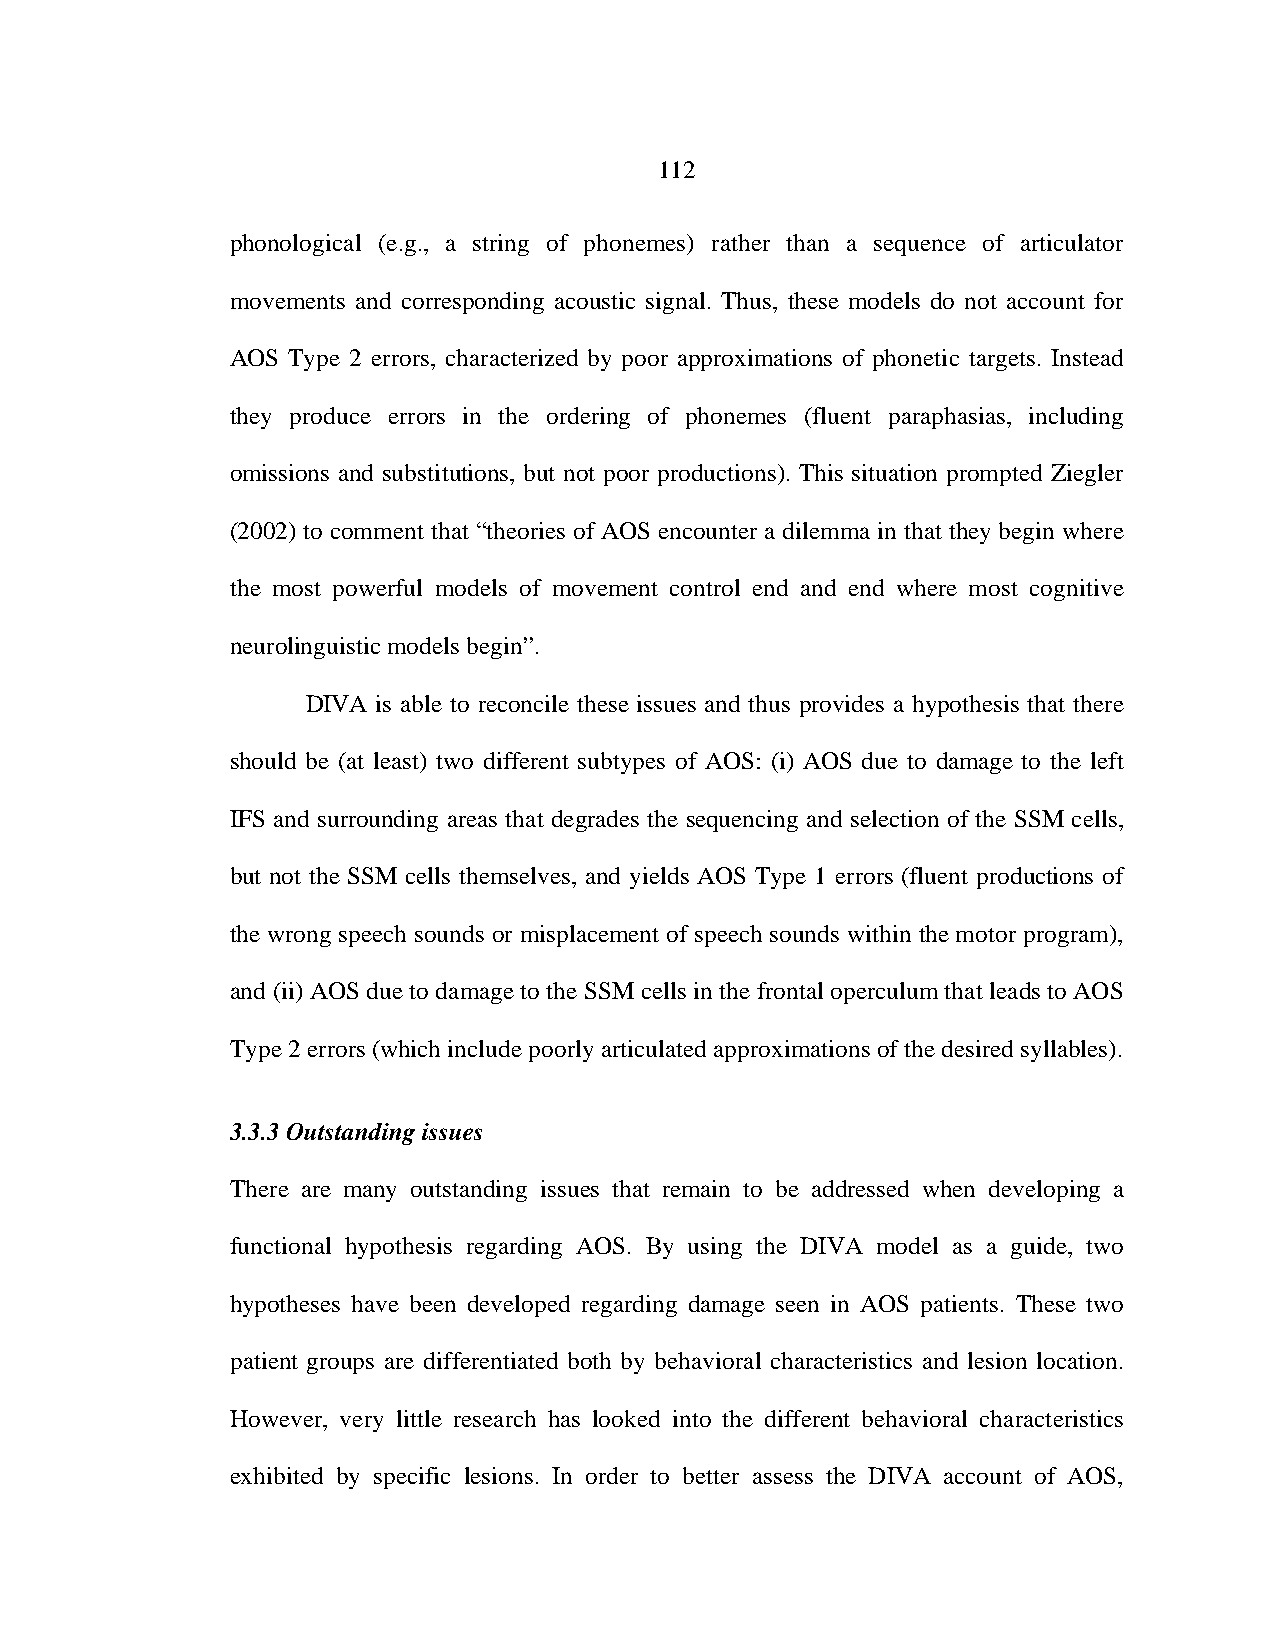
112
 phonological (e.g., a string of phonemes) rather than a sequence of articulator
 movements and corresponding acoustic signal. Thus, these models do not account for
 AOS Type 2 errors, characterized by poor approximations of phonetic targets. Instead
 they produce errors in the ordering of phonemes (fluent paraphasias, including
 omissions and substitutions, but not poor productions). This situation prompted Ziegler
 (2002) to comment that “theories of AOS encounter a dilemma in that they begin where
 the most powerful models of movement control end and end where most cognitive
 neurolinguistic models begin”.
 DIVA is able to reconcile these issues and thus provides a hypothesis that there
 should be (at least) two different subtypes of AOS: (i) AOS due to damage to the left
 IFS and surrounding areas that degrades the sequencing and selection of the SSM cells,
 but not the SSM cells themselves, and yields AOS Type 1 errors (fluent productions of
 the wrong speech sounds or misplacement of speech sounds within the motor program),
 and (ii) AOS due to damage to the SSM cells in the frontal operculum that leads to AOS
 Type 2 errors (which include poorly articulated approximations of the desired syllables).
 3.3.3 Outstanding issues
 There are many outstanding issues that remain to be addressed when developing a
 functional hypothesis regarding AOS. By using the DIVA model as a guide, two
 hypotheses have been developed regarding damage seen in AOS patients. These two
 patient groups are differentiated both by behavioral characteristics and lesion location.
 However, very little research has looked into the different behavioral characteristics
 exhibited by specific lesions. In order to better assess the DIVA account of AOS,